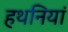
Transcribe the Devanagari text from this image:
हथनियां